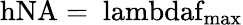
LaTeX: \mathrm{{hNA}=\mathit{}\ lambdaf_{\mathrm{{max}}}}